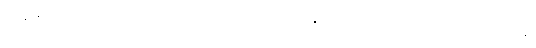
တွန့်ဆုတ်သော စိတ်ကို ပြုစီမံတတ်သော သင်္ခါရနှင့် တကွဖြစ်သော။ သပ္ပယောဂေန၊